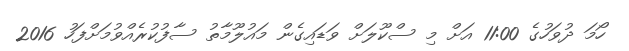
ހޯމަ ދުވަހުގެ 11:00 އަށް މި ސްކޫލަށް ވަޑައިގެން މައުލޫމާތު ސާފުކުރެއްވުމަށްފަހު 2016